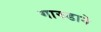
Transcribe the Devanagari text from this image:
गारुडाने